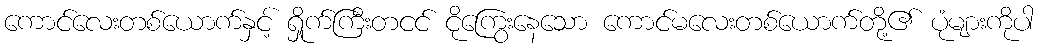
ကောင်လေးတစ်ယောက်နှင့် ရှိုက်ကြီးတငင် ငိုကြွေးနေသော ကောင်မလေးတစ်ယောက်တို့၏ ပုံများကိုပါ